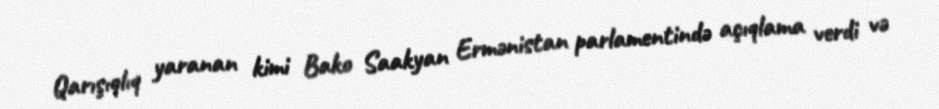
Qarışıqlıq yaranan kimi Bako Saakyan Ermənistan parlamentində açıqlama verdi və